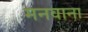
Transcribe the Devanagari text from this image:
मनवाना